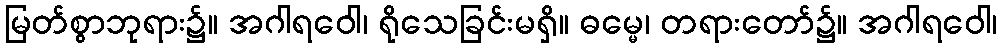
မြတ်စွာဘုရား၌။ အဂါရဝေါ၊ ရိုသေခြင်းမရှိ။ ဓမ္မေ၊ တရားတော်၌။ အဂါရဝေါ၊